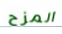
المزح